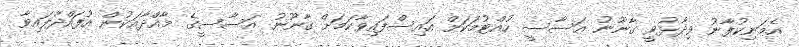
އެމަނިކުފާނު ވިދާޅުވީ ގާނޫނު އަސާސީ ހުއްޓުމަކަށް އައިސްފައިވާކަމަށް ގާނޫނު އަސާސީގެ މާއްދާއަކުން އުފައްދާފައިވާ